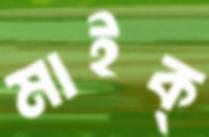
মাইক্